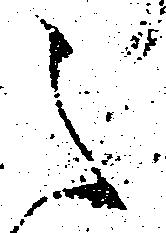
之